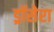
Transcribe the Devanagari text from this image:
ड्रॉसेरा